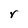
Character: r